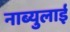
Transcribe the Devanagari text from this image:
नाब्युलाई